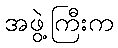
အဖွဲ့ကြီးက